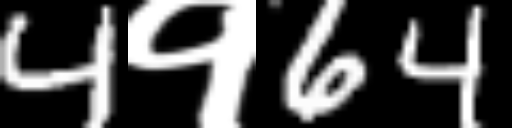
Text: 4१64